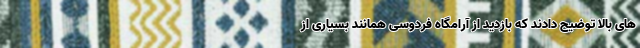
های بالا توضیح دادند که بازدید از آرامگاه فردوسی همانند بسیاری از